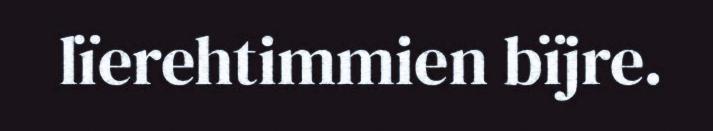
lïerehtimmien bïjre.